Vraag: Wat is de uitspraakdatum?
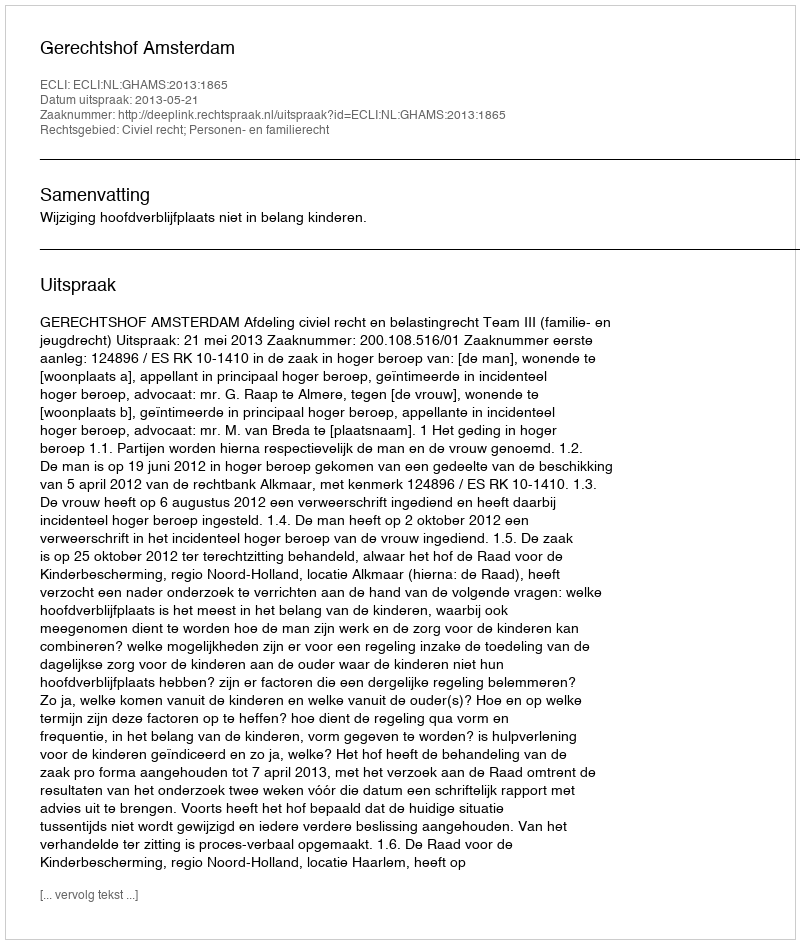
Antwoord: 2013-05-21